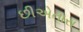
છીએતારા